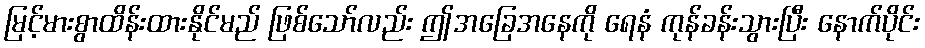
မြင့်မားစွာထိန်းထားနိုင်မည် ဖြစ်သော်လည်း ဤအခြေအနေကို ရေနံ ကုန်ခန်းသွားပြီး နောက်ပိုင်း